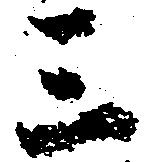
三